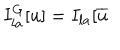
I _ { l a } ^ { G } [ u ] = I _ { l a } [ \overline { { { u } } }